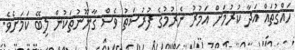
ހައްގުތައް އަދާ ކުރުމަށް އަމުރު ނެރުމުގެ ފުރުސަތު ވެސް ގާނޫނުތަކުން ލިބޭ ކަމަށެވެ.